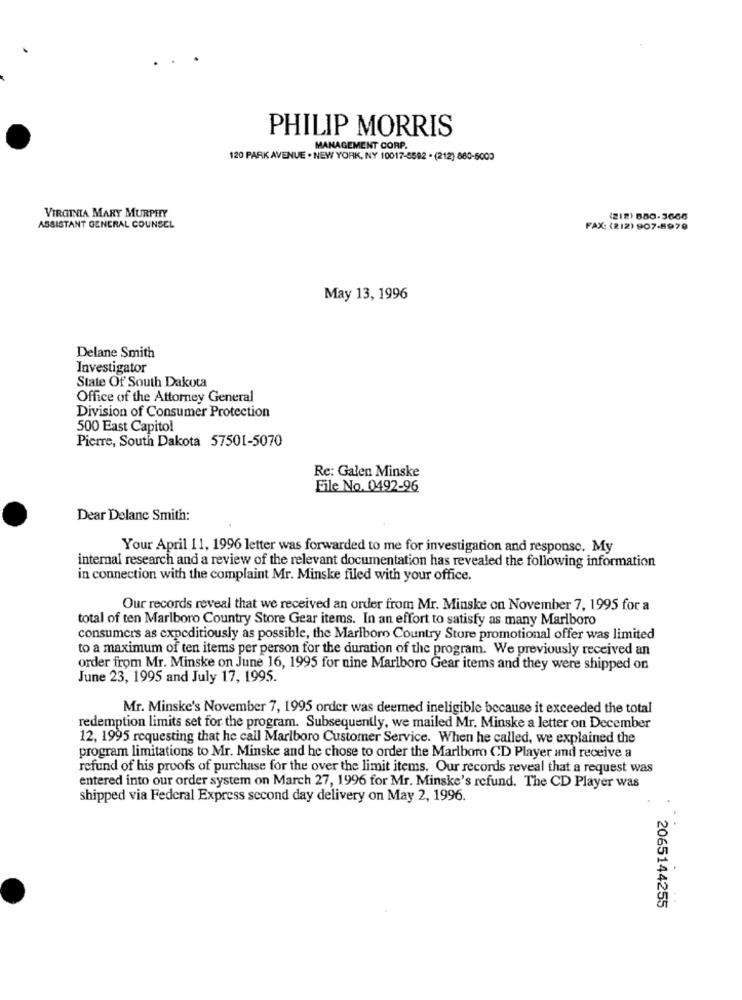
PHILIP MORRIS
MANAGEMENT CORP.
120 PARK AVENUE . NEW YORK, NY 10017-5592 . (212) 880-5009
VIRGINIA MARY MURPHY
(212) 880.3666
ASSISTANT GENERAL COUNSEL
FAX: (212) 907.8979
May 13, 1996
Delane Smith
Investigator
State Of South Dakota
Office of the Attorney General
Division of Consumer Protection
500 East Capitol
Pierre, South Dakota 57501-5070
Re: Galen Minske
File No. 0492-96
Dear Delane Smith:
Your April 11, 1996 letter was forwarded to me for investigation and response. My
internal research and a review of the relevant documentation has revealed the following information
in connection with the complaint Mr. Minske filed with your office.
Our records reveal that we received an order from Mr. Minske on November 7, 1995 for a
total of ten Marlboro Country Store Gear items. In an effort to satisfy as many Marlboro
consumers as expeditiously as possible, the Marlboro Country Store promotional offer was limited
to a maximum of ten items per person for the duration of the program. We previously received an
order from Mr. Minske on June 16, 1995 for nine Marlboro Gear items and they were shipped on
June 23, 1995 and July 17, 1995.
Mr. Minske's November 7, 1995 order was deemed ineligible because it exceeded the total
redemption limits set for the program. Subsequently, we mailed Mr. Minske a letter on December
12, 1995 requesting that he call Marlboro Customer Service. When he called, we explained the
program limitations to Mr. Minske and he chose to order the Marlboro CD Player and receive a
refund of his proofs of purchase for the over the limit items. Our records reveal that a request was
entered into our order system on March 27, 1996 for Mr. Minske's refund. The CD Player was
shipped via Federal Express second day delivery on May 2, 1996.
2065144255